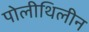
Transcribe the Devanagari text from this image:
पोलीथिलीन